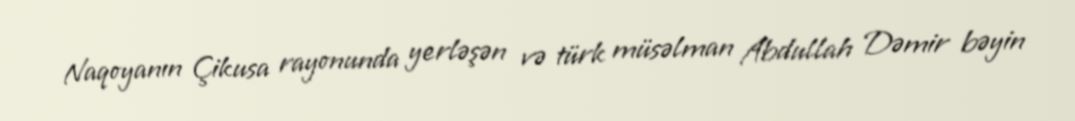
Naqoyanın Çikusa rayonunda yerləşən və türk müsəlman Abdullah Dəmir bəyin